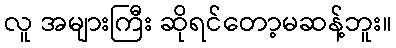
လူ အများကြီး ဆိုရင်တော့မဆန့်ဘူး။